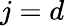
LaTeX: j=d